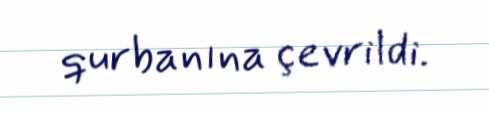
qurbanına çevrildi.